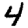
Digit: 4